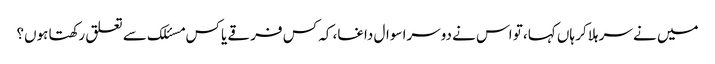
میں نے سر ہلا کر ہاں کہا، تو اس نے دوسرا سوال داغا، کہ کس فرقے یا کس مسئلک سے تعلق رکھتا ہوں؟